Vaccine operations Central Provinces 1886-1899 - 1886-1899
Year: 1886
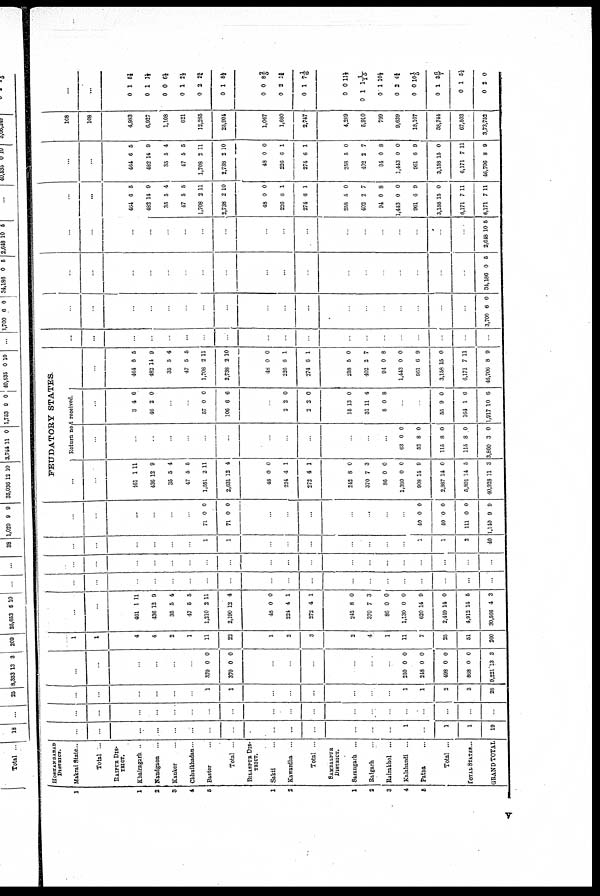
1
1
2
3
4
5
1
2
1
2
8
4
6
HOSHANGABAD
DISTRICT.
Makrai State ...
Total ...
RAIPUR DIS¬
TRICT.
Khairagarh ...
Nandgaon ...
Kanker ...
Chhuikhadan..
Baster ...
Total ...
BILASPUR DIS¬
TRICT.
Sakti ...
Kawardha ...
Total ..
SAMBALPUR
DISTRICT.
Sarangarh ...
Raigarh ...
Rairakhol ...
Kalahandi ...
Patna ...
Total ...
TOTAL STATE...
GRAND TOTAL
...
...
...
...
...
...
...
...
...
...
...
...
...
...
1
...
1
1
19
...
...
...
...
...
...
...
...
...
...
...
...
...
...
...
...
...
...
...
...
...
...
...
...
...
1
1
...
...
...
...
...
...
1
1
2
3
28
...
...
...
...
...
...
370
370
0
0
0
0
...
...
...
...
...
...
250
248
498
868
9,221
0
0
0
0
13
0
0
0
0
3
1
1
4
4
2
1
11
22
1
2
3
2
4
1
11
7
25
51
260
...
...
461
436
35
47
1,210
2,190
1
12
5
5
2
12
11
9
4
5
11
4
48
224
272
0
4
4
0
1
1
242
370
86
1,130
620
2,449
4,912
30,566
8
7
0
0
14
14
14
4
0
3
0
0
9
0
5
3
...
...
...
...
...
...
...
...
...
...
...
...
...
...
...
...
...
...
...
...
...
...
...
...
...
...
...
...
...
...
...
...
...
...
...
...
...
...
...
...
...
...
1
1
...
...
...
...
...
...
...
1
1
2
40
...
...
...
...
...
...
71
71
0
0
0
0
...
...
...
...
...
...
...
40
40
111
1,140
0
0
0
9
0
0
0
9
FEUDATORY STATES
...
...
461
436
35
47
1,651
2,631
1
12
5
5
2
12
11
9
4
5
11
4
48
224
272
0
4
4
0
1
1
242
370
86
1,380
908
2,987
5,891
40,928
8
7
0
0
14
14
14
11
0
3
0
0
9
0
5
3
Return not received.
...
...
...
...
...
...
...
...
...
...
...
...
...
63
52
115
115
3,860
0
8
8
8
3
0
0
0
0
0
...
3
46
4
2
6
0
...
...
57
106
0
6
0
6
...
2
2
2
2
0
0
15
31
8
13
11
0
0
4
8
...
...
55
164
1,917
9
1
10
0
6
6
...
...
464
482
35
47
1,708
2,738
6
14
5
5
2
2
5
0
4
5
11
10
48
226
274
0
6
6
0
1
1
258
402
94
1,443
961
3,158
6,171
46,706
5
2
0
0
6
15
7
8
0
7
8
0
9
0
11
9
...
...
...
...
...
...
...
...
...
...
...
...
...
...
...
...
...
...
...
...
...
...
...
...
...
...
...
...
...
...
...
...
...
...
...
...
...
3,700 6 0
...
...
...
...
...
...
...
...
...
...
...
...
...
...
...
...
...
...
34,180 0 5
...
...
...
...
...
...
...
...
...
...
...
...
...
...
...
...
...
...
2,648 10 5
...
...
464
482
35
47
1,708
2,738
6
14
5
5
2
2
5
0
4
5
11
10
48
226
274
0
6
6
0
1
1
258
402
94
1,443
961
3,158
6,171
6,171
5
2
0
0
6
15
7
7
0
7
8
0
9
0
11
11
...
...
464
482
35
47
1,708
2,738
6
14
5
5
2
2
5
9
4
5
11
10
48
226
271
0
6
6
0
1
1
258
402
94
1,443
961
3,158
6,171
46,706
5
2
0
0
6
15
7
8
0
7
8
0
9
0
11
0
108
108
4,983
6,927
1,108
621
12,265
25,904
1,067
1,680
2,747
4,289
6,010
799
9,639
18,107
38,744
67,503
3,73,752
...
...
0
0
0
0
0
0
1
1
0
1
2
1
1½
1½
6½
2½
2¾
8½
0
0
0
0
2
1
8 2/5
1¾
7 1/6
0
0
0
0
0
0
0
0
0
1
1
2
0
1
1
2
11
1 1/15
10½
4 ¾
10 1/5
3 6/7
5½
0
v